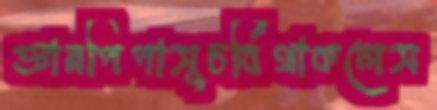
জ্ঞানপিপাসুচর্বিথাকলেস